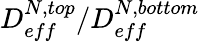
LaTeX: D_{eff}^{N,top}/D_{eff}^{N,bottom}